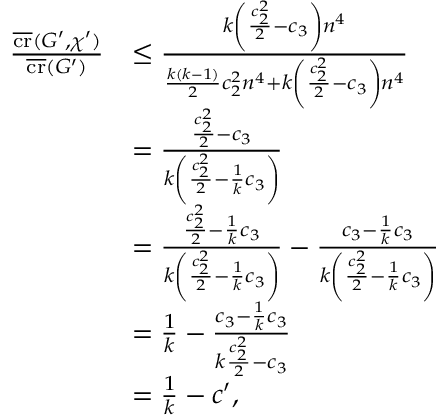
\begin{array} { r l } { \frac { \overline { { \operatorname { c r } } } ( G ^ { \prime } , \chi ^ { \prime } ) } { \overline { { \operatorname { c r } } } ( G ^ { \prime } ) } } & { \le \frac { k \left( \frac { c _ { 2 } ^ { 2 } } { 2 } - c _ { 3 } \right) n ^ { 4 } } { \frac { k ( k - 1 ) } { 2 } c _ { 2 } ^ { 2 } n ^ { 4 } + k \left( \frac { c _ { 2 } ^ { 2 } } { 2 } - c _ { 3 } \right) n ^ { 4 } } } \\ & { = \frac { \frac { c _ { 2 } ^ { 2 } } { 2 } - c _ { 3 } } { k \left( \frac { c _ { 2 } ^ { 2 } } { 2 } - \frac { 1 } { k } c _ { 3 } \right) } } \\ & { = \frac { \frac { c _ { 2 } ^ { 2 } } { 2 } - \frac { 1 } { k } c _ { 3 } } { k \left( \frac { c _ { 2 } ^ { 2 } } { 2 } - \frac { 1 } { k } c _ { 3 } \right) } - \frac { c _ { 3 } - \frac { 1 } { k } c _ { 3 } } { k \left( \frac { c _ { 2 } ^ { 2 } } { 2 } - \frac { 1 } { k } c _ { 3 } \right) } } \\ & { = \frac { 1 } { k } - \frac { c _ { 3 } - \frac { 1 } { k } c _ { 3 } } { k \frac { c _ { 2 } ^ { 2 } } { 2 } - c _ { 3 } } } \\ & { = \frac { 1 } { k } - c ^ { \prime } , } \end{array}